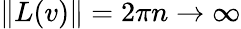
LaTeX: \| L(v)\| =2\pi n\to\infty